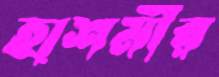
হাশমীর